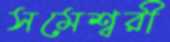
সমেশ্বরী